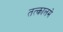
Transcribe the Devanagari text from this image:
तत्कालमे